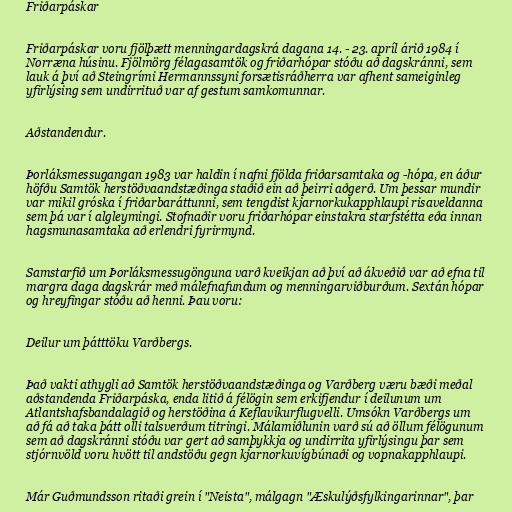
Friðarpáskar

Friðarpáskar voru fjölþætt menningardagskrá dagana 14. - 23. apríl árið 1984 í
Norræna húsinu. Fjölmörg félagasamtök og friðarhópar stóðu að dagskránni, sem
lauk á því að Steingrími Hermannssyni forsætisráðherra var afhent sameiginleg
yfirlýsing sem undirrituð var af gestum samkomunnar.

Aðstandendur.

Þorláksmessugangan 1983 var haldin í nafni fjölda friðarsamtaka og -hópa, en áður
höfðu Samtök herstöðvaandstæðinga staðið ein að þeirri aðgerð. Um þessar mundir
var mikil gróska í friðarbaráttunni, sem tengdist kjarnorkukapphlaupi risaveldanna
sem þá var í algleymingi. Stofnaðir voru friðarhópar einstakra starfstétta eða innan
hagsmunasamtaka að erlendri fyrirmynd.

Samstarfið um Þorláksmessugönguna varð kveikjan að því að ákveðið var að efna til
margra daga dagskrár með málefnafundum og menningarviðburðum. Sextán hópar
og hreyfingar stóðu að henni. Þau voru:

Deilur um þátttöku Varðbergs.

Það vakti athygli að Samtök herstöðvaandstæðinga og Varðberg væru bæði meðal
aðstandenda Friðarpáska, enda litið á félögin sem erkifjendur í deilunum um
Atlantshafsbandalagið og herstöðina á Keflavíkurflugvelli. Umsókn Varðbergs um
að fá að taka þátt olli talsverðum titringi. Málamiðlunin varð sú að öllum félögunum
sem að dagskránni stóðu var gert að samþykkja og undirrita yfirlýsingu þar sem
stjórnvöld voru hvött til andstöðu gegn kjarnorkuvígbúnaði og vopnakapphlaupi.

Már Guðmundsson ritaði grein í "Neista", málgagn "Æskulýðsfylkingarinnar", þar